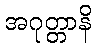
အဂုတ္တာနိ